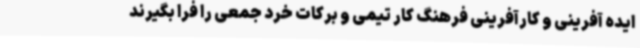
ایده آفرینی و کارآفرینی فرهنگ کار تیمی و برکات خرد جمعی را فرا بگیرند